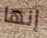
إنها